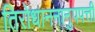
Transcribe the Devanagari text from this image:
तिरोधाननानुपपत्ती